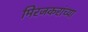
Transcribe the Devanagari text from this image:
मिरजकरांच्या